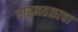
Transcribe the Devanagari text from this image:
वाहनतळाचा